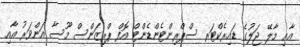
އާއި މާލޭ ޖަލުގެ ޑައިރެކްޓަރ ސްޕްރިންޓެންޑެންޓް އޮފް ޕްރިޒަންސް މޫސާ އަންވަރު އާއި